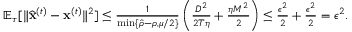
\begin{array} { r } { \mathbb { E } _ { \tau } [ \| \widehat { \mathbf x } ^ { ( t ) } - { \mathbf x } ^ { ( t ) } \| ^ { 2 } ] \leq \frac { 1 } { \operatorname* { m i n } \{ \hat { \rho } - \rho , \mu / 2 \} } \left( \frac { D ^ { 2 } } { 2 T \eta } + \frac { \eta M ^ { 2 } } { 2 } \right) \leq \frac { \epsilon ^ { 2 } } { 2 } + \frac { \epsilon ^ { 2 } } { 2 } = \epsilon ^ { 2 } . } \end{array}